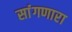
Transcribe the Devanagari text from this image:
सांंगणारा